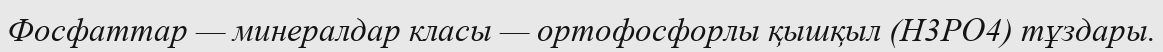
Фосфаттар — минералдар класы — ортофосфорлы қышқыл (Н3РO4) тұздары.